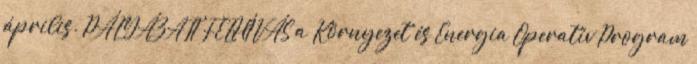
április. PÁLYÁZATI FELHÍVÁS a Környezet és Energia Operatív Program